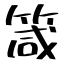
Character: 箴